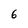
Character: 6